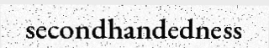
secondhandedness